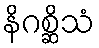
နိဂစ္ဆိသံ